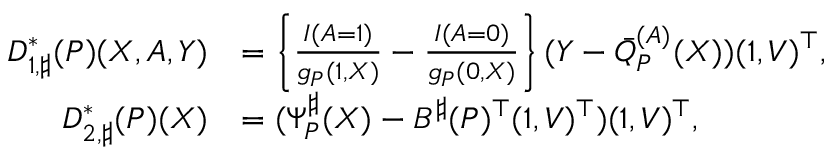
\begin{array} { r l } { D _ { 1 , \sharp } ^ { * } ( P ) ( X , A , Y ) } & { = \left\{ \frac { I ( A = 1 ) } { g _ { P } ( 1 , X ) } - \frac { I ( A = 0 ) } { g _ { P } ( 0 , X ) } \right\} ( Y - \bar { Q } _ { P } ^ { ( A ) } ( X ) ) ( 1 , V ) ^ { \top } , } \\ { D _ { 2 , \sharp } ^ { * } ( P ) ( X ) } & { = ( \Psi _ { P } ^ { \sharp } ( X ) - B ^ { \sharp } ( P ) ^ { \top } ( 1 , V ) ^ { \top } ) ( 1 , V ) ^ { \top } , } \end{array}